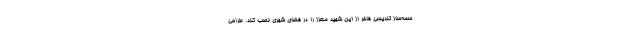
سمه‌ساز تندیسی فاخر از این شهید معزّز را در فضای شهری نصب کند. طراحی